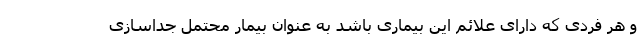
و هر فردی که دارای علائم این بیماری باشد به عنوان بیمار محتمل جداسازی